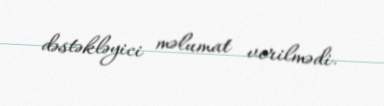
dəstəkləyici məlumat verilmədi.